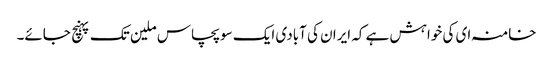
خامنہ ای کی خواہش ہے کہ ایران کی آبادی ایک سو پچاس ملین تک پہنچ جائے۔